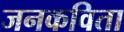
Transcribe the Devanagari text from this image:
जनकविता